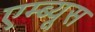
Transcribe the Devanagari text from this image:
एम्ब्यूस